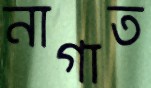
নাগাত